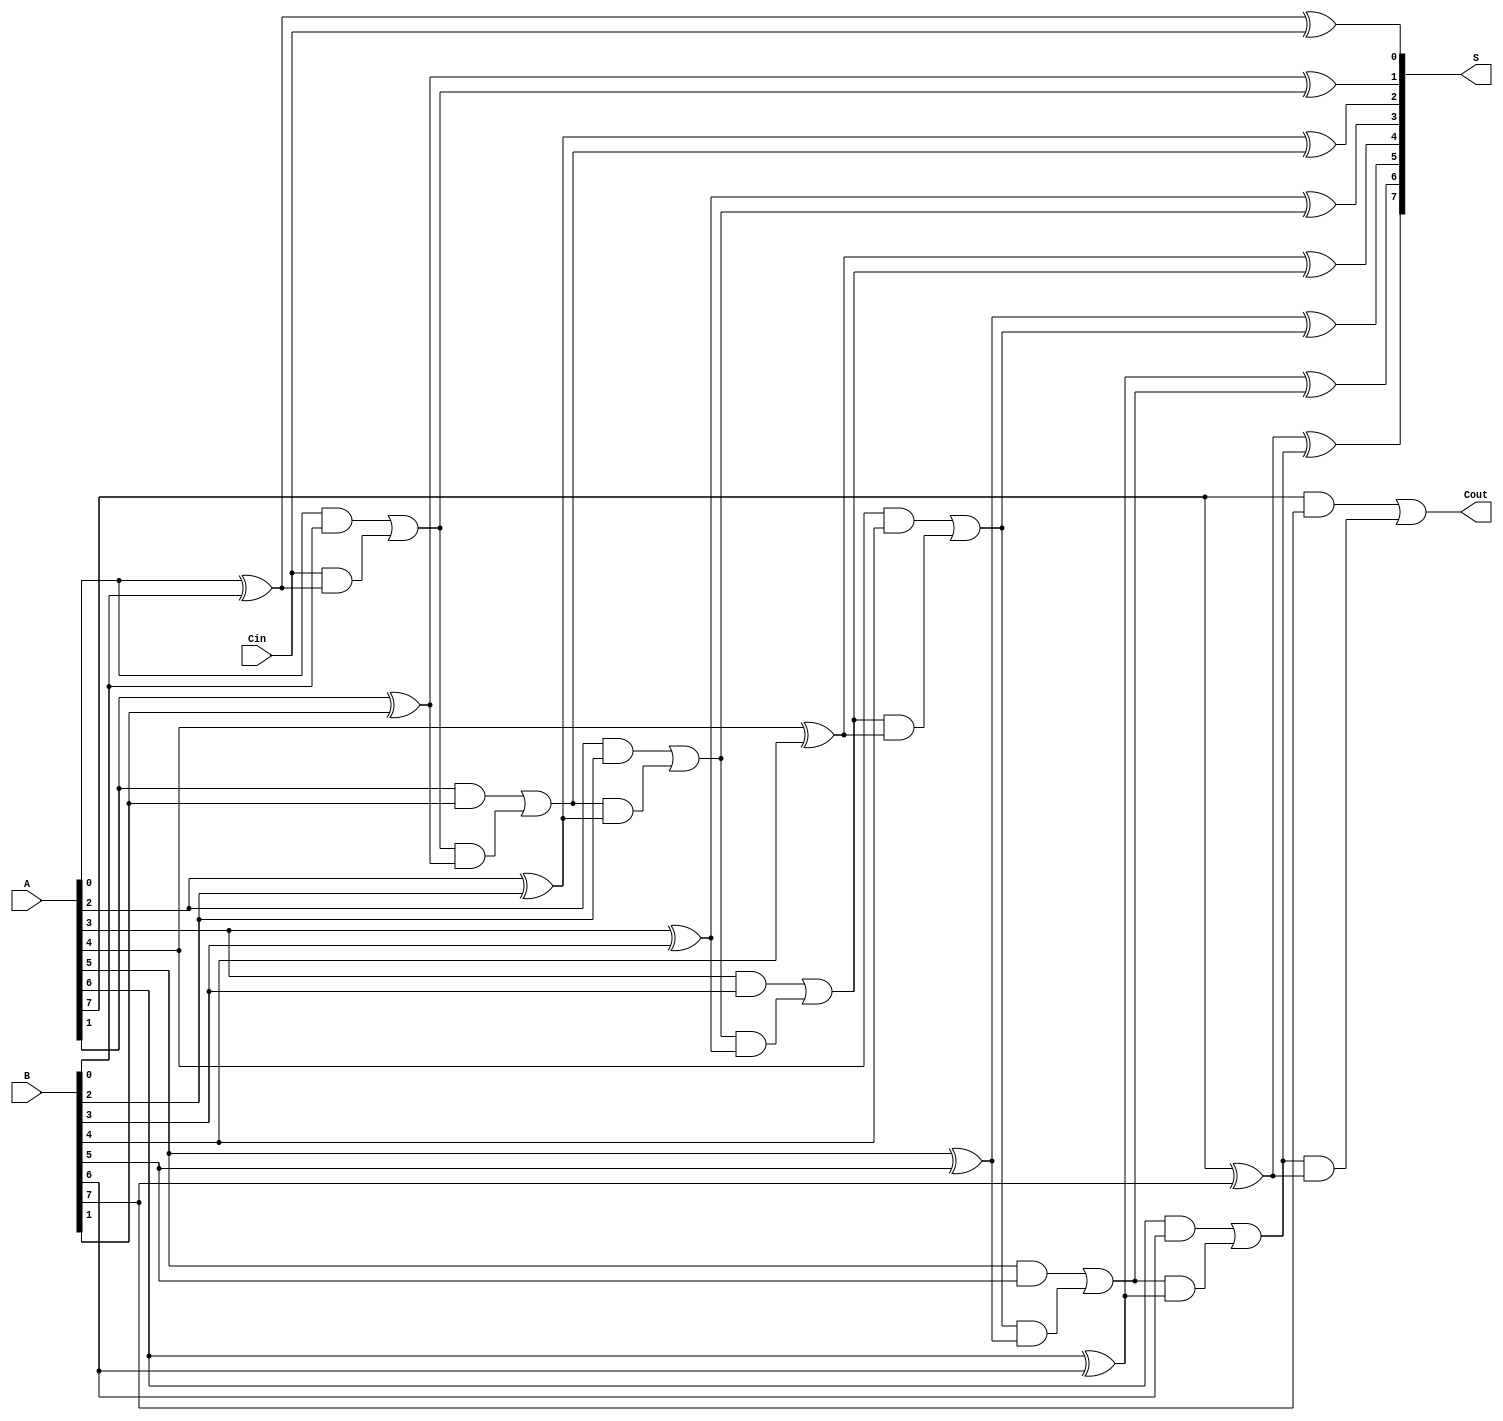
module ManchesterCarryChainAdder #(parameter n = 8) (
    input  wire [n-1:0] A,      // First n-bit input
    input  wire [n-1:0] B,      // Second n-bit input
    input  wire Cin,             // Carry-in
    output wire [n-1:0] S,       // n-bit sum output
    output wire Cout             // Carry-out
);

    wire [n:0] C; // Carry chain, C[0] is Cin, C[n] is Cout

    // Assign the first carry as Cin
    assign C[0] = Cin;

    // Generate carry and sum for each bit
    genvar i;
    generate
        for (i = 0; i < n; i = i + 1) begin : carry_sum
            // Carry generation
            assign C[i+1] = (A[i] & B[i]) | (C[i] & (A[i] ^ B[i]));
            // Sum calculation
            assign S[i] = A[i] ^ B[i] ^ C[i];
        end
    endgenerate

    // Assign the final carry-out
    assign Cout = C[n];

endmodule